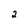
Character: 2